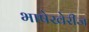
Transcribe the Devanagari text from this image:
भाषेखेरीज